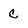
Character: C